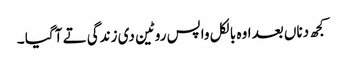
کجھ دناں بعد اوہ بالکل واپس روٹین دی زندگی تے آ گیا ۔